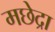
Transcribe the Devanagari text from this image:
मछेद्रा